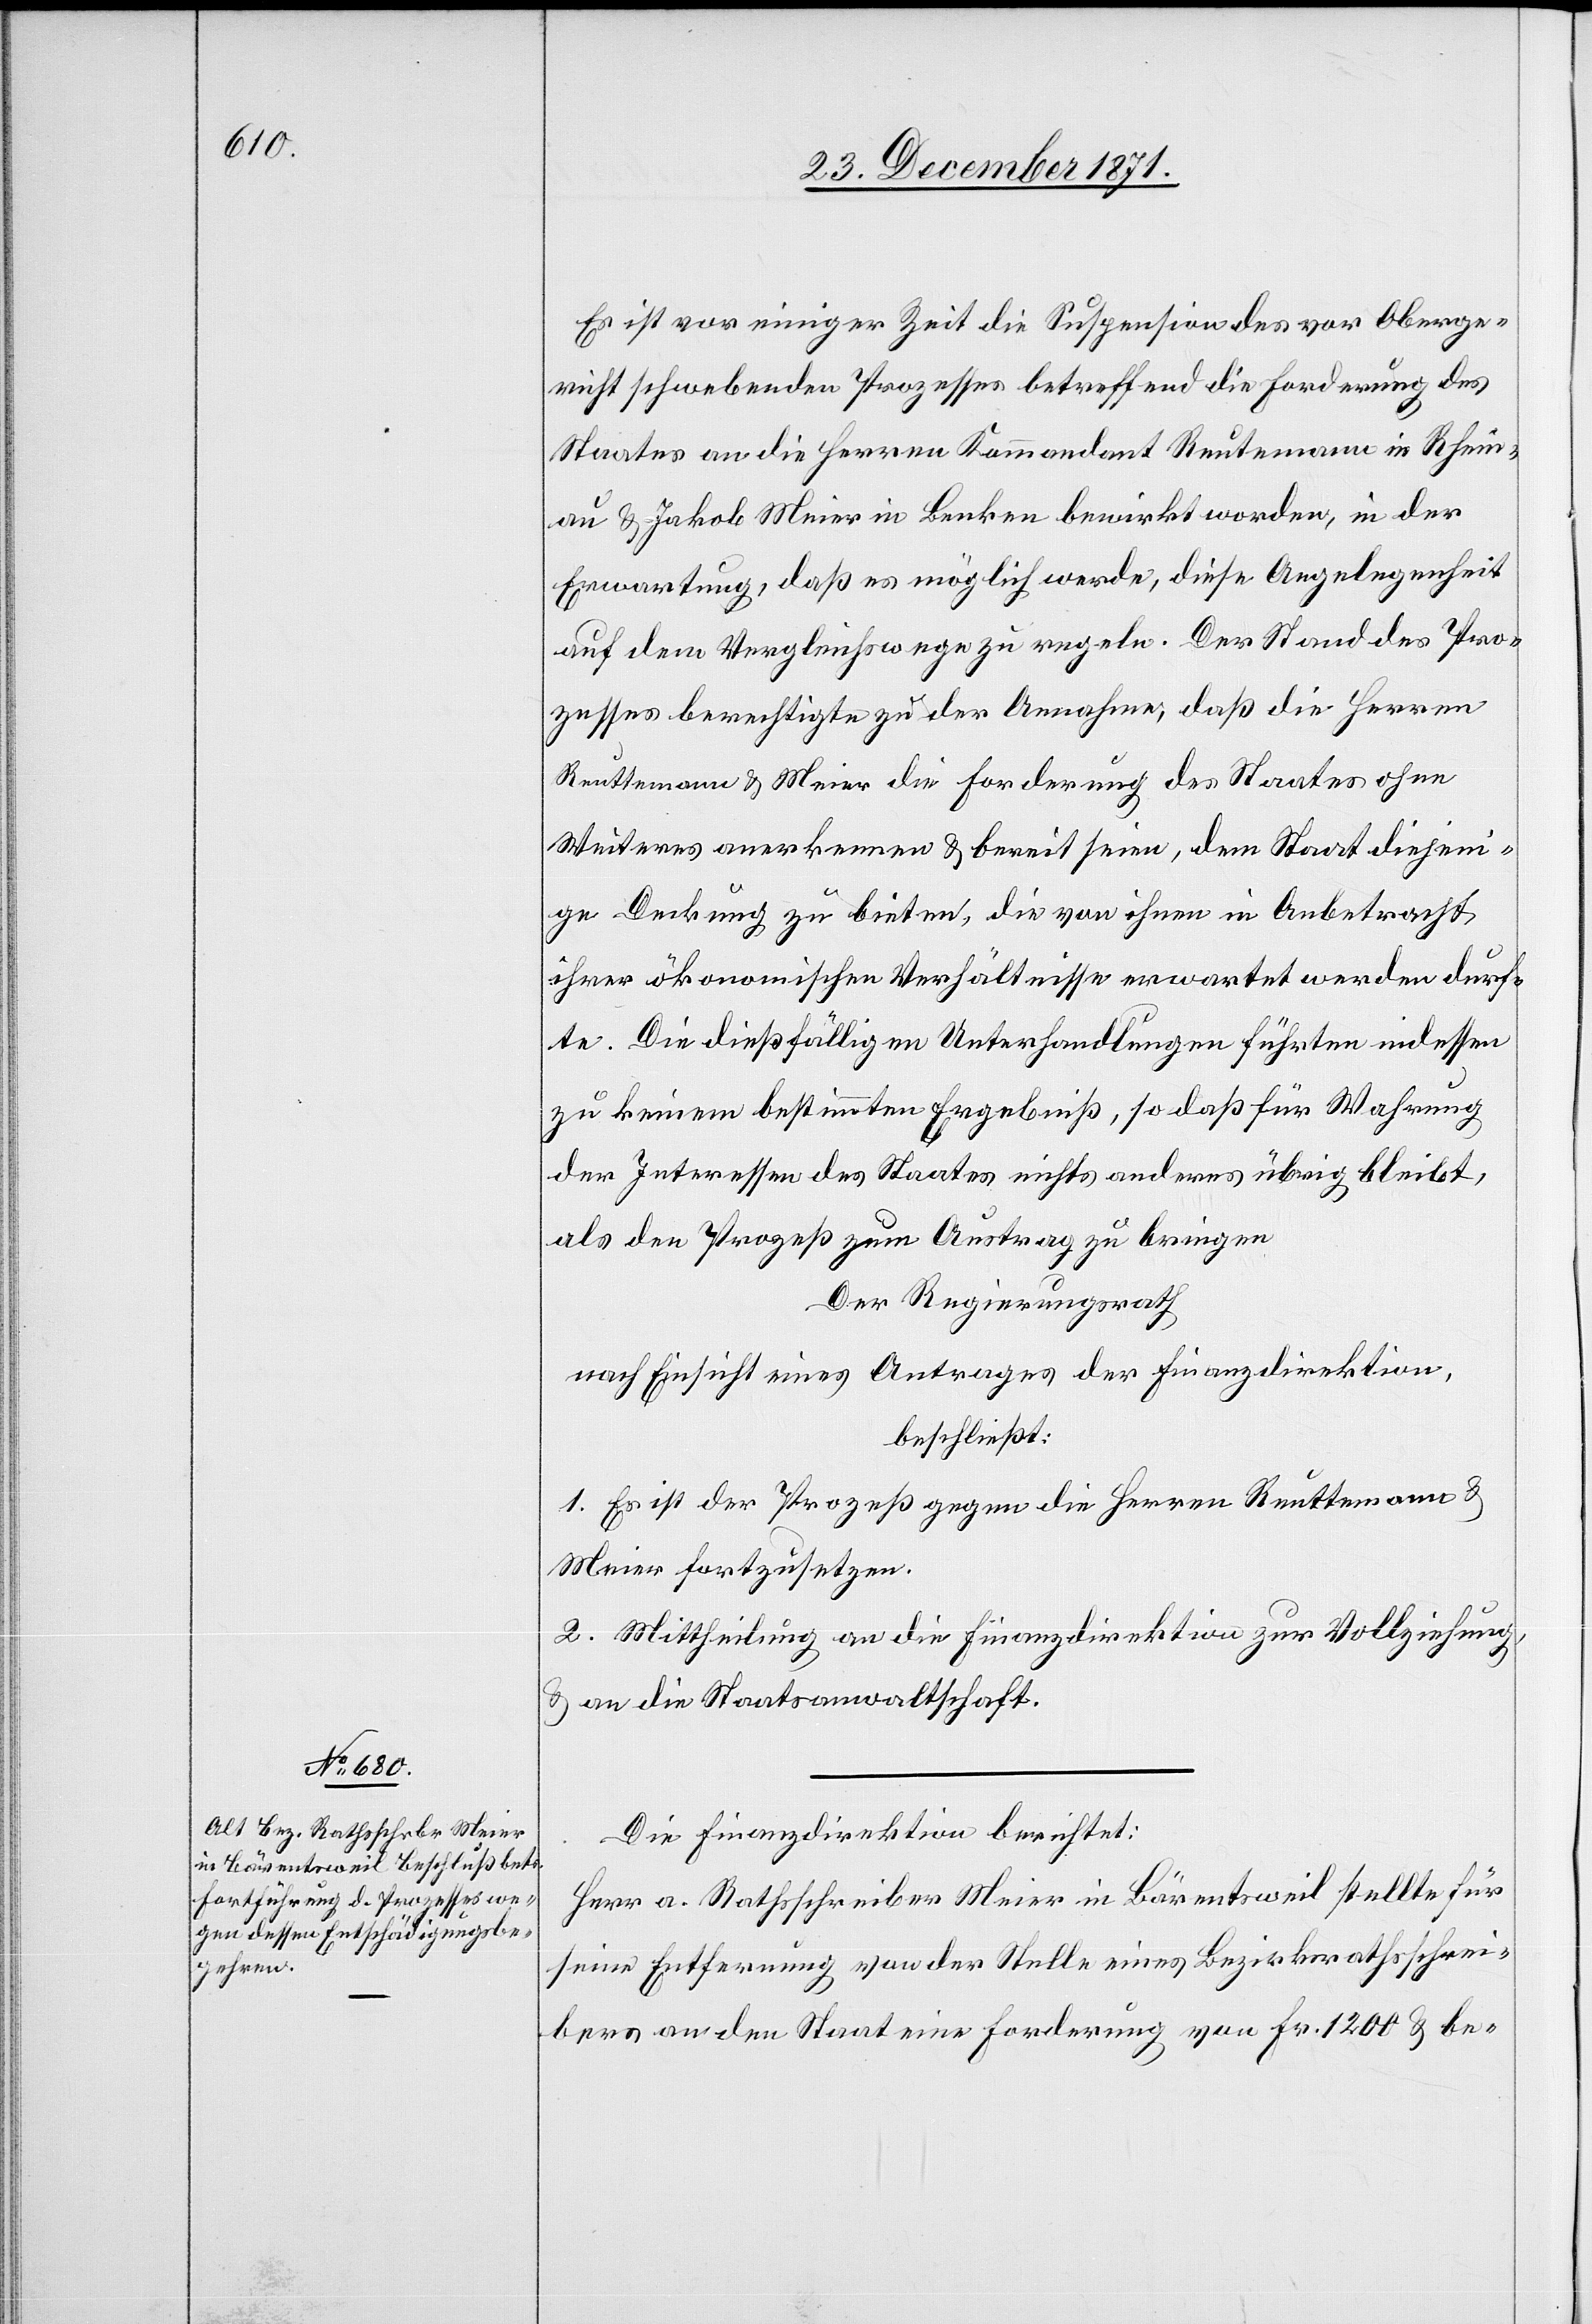
Es ist vor einiger Zeit die Suspension des vor Oberge¬
richt schwebenden Prozesses betreffend die Forderung des
Staates an die Herren Kommandant Reutemann in Rhein¬
au & Jakob Meier in Benken bewirkt worden, in der
Erwartung, daß es möglich werde, diese Angelegenheit
auf dem Vergleichswege zu regeln. Der Stand des Pro¬
zesses berechtigte zu der Annahme, daß die Herren
Weiteres anerkennen & bereit seien, dem Staat diejeni¬
ge Deckung zu bieten, die von ihnen in Anbetracht
ihrer ökonomischen Verhältnisse erwartet werden durf¬
te. Die dießfälligen Unterhandlungen führten indessen
zu keinem bestimmten Ergebniß, so daß für Wahrung
der Interessen des Staates nichts anderes übrig bleibt,
als den Prozeß zum Austrag zu bringen.
Der Regierungsrath
nach Einsicht eines Antrages der Finanzdirektion,
beschließt:
1. Es ist der Prozeß gegen die Herren Reuttemann &
Meier fortzusetzen.
2. Mittheilung an die Finanzdirektion zur Vollziehung,
& an die Staatsanwaltschaft.
Die Finanzdirektion berichtet:
Herr a. Rathsschreiber Meier in Bärentsweil stellte für
seine Entfernung von der Stelle eines Bezirksrathsschrei¬
bers an den Staat eine Forderung von Fr. 1200 & be-